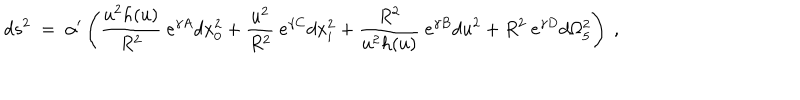
LaTeX: d s ^ { 2 } ~ = ~ \alpha ^ { \prime } \left( \frac { u ^ { 2 } h ( u ) } { R ^ { 2 } } ~ e ^ { \gamma A } d x _ { 0 } ^ { 2 } + \frac { u ^ { 2 } } { R ^ { 2 } } ~ e ^ { \gamma C } d x _ { i } ^ { 2 } + \frac { R ^ { 2 } } { u ^ { 2 } h ( u ) } ~ e ^ { \gamma B } d u ^ { 2 } + R ^ { 2 } ~ e ^ { \gamma D } d \Omega _ { 5 } ^ { 2 } \right) ~ ,